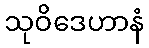
သုဝိဒေဟာနံ